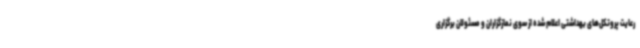
رعایت پروتکل‌های بهداشتی اعلام شده از سوی نمازگزاران و مسئولان برگزاری